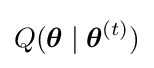
Q({\boldsymbol {\theta }}\mid {\boldsymbol {\theta }}^{(t)})